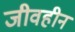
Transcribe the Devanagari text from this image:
जीवहीन